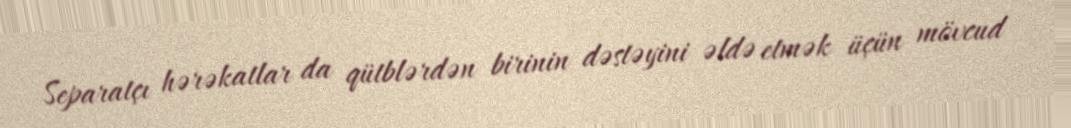
Separatçı hərəkatlar da qütblərdən birinin dəstəyini əldə etmək üçün mövcud